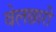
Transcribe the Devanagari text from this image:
वेलछारी